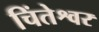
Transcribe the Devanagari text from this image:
चिंतेश्वर